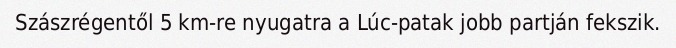
Szászrégentől 5 km-re nyugatra a Lúc-patak jobb partján fekszik.